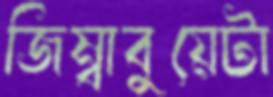
জিম্বাবুয়েটা